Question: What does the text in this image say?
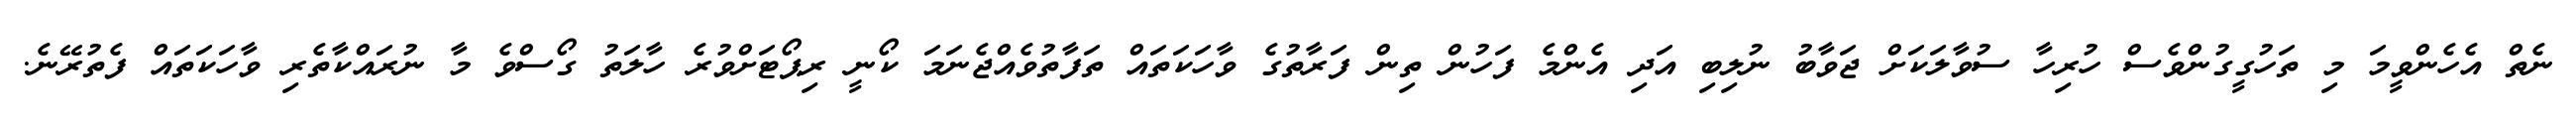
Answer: ނެތް އެހެންވީމަ މި ތަހުގީގުންވެސް ހުރިހާ ސުވާލަކަށް ޖަވާބު ނުލިބި އަދި އެންމެ ފަހުން ތިން ފަރާތުގެ ވާހަކަތައް ތަފާތުވެއްޖެނަމަ ކޯނީ ރިޕޯޓަށްވުރެ ހާލަތު ގޯސްވެ މާ ނުރައްކާތެރި ވާހަކަތައް ފެތުރޭނެ.